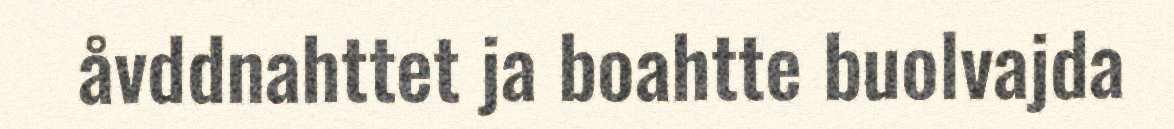
åvddnahttet ja boahtte buolvajda